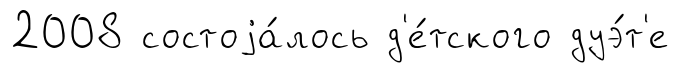
2008 состоjа́лось д'е́тского дуэ́т'е